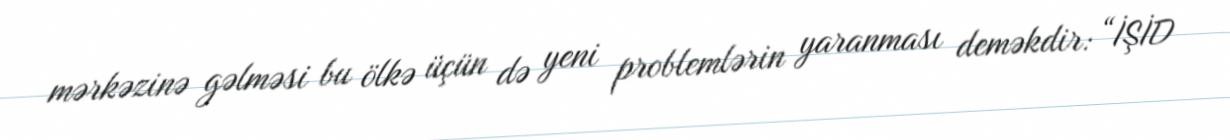
mərkəzinə gəlməsi bu ölkə üçün də yeni problemlərin yaranması deməkdir: “İŞİD